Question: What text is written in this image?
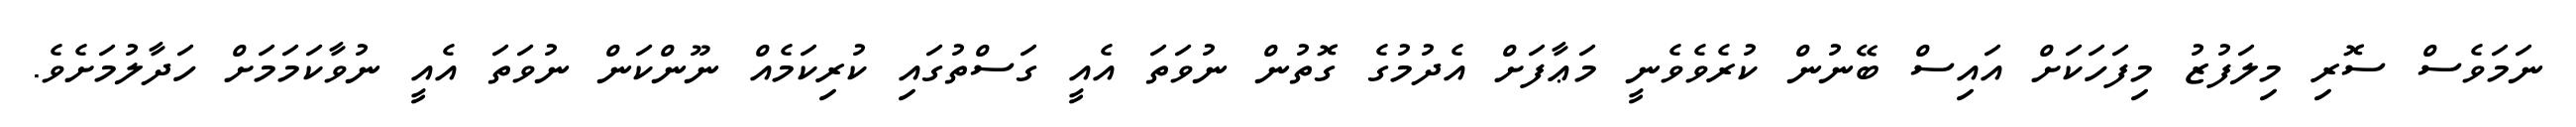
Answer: ނަމަވެސް ސޮރި މިލަފުޒު މިފަހަކަށް އައިސް ބޭނުން ކުރެވެވެނީ މަޢާފަށް އެދުމުގެ ގޮތުން ނުވަތަ އެއީ ގަސްތުގައި ކުރިކަމެއް ނޫންކަން ނުވަތަ އެއީ ނުވާކަމަމަށް ހަދާލުމަށެވެ.